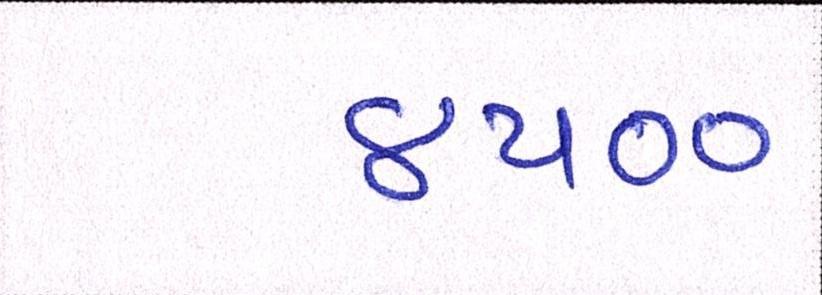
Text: ૪૫૦૦